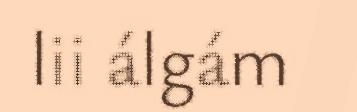
lii álgám